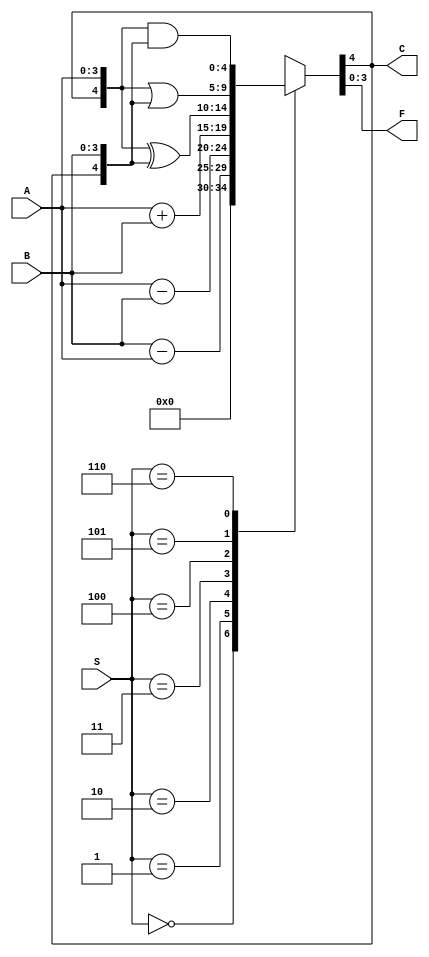
module ALU74ls381(A, B, S, F, C);

input[3:0] A;
input[3:0] B;
input[2:0] S;
output[3:0] F;
output C;

function[4:0] alu; // {C, F}
    input[3:0] A, B;
    input[2:0] S;
    begin
        casex(S)
            3'b000: alu = 5'b00000;
            3'b001: alu = B - A;
            3'b010: alu = A - B;
            3'b011: alu = A + B;
            3'b100: alu = {C,A} ^ {C,B};
            3'b101: alu = {C,A} | {C,B};
            3'b110: alu = {C,A} & {C,B};
            3'b111: alu = 5'bx;
            default: alu = 5'bx;
        endcase
    end
endfunction

assign {C,F} = alu(A, B, S);

endmodule